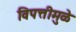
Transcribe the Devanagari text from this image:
विपत्तीमुळे